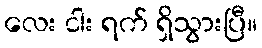
လေး ငါး ရက် ရှိသွားပြီ။